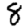
Digit: 8